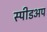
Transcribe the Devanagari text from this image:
स्पीडअप